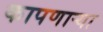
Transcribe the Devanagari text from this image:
कापणाऱ्या